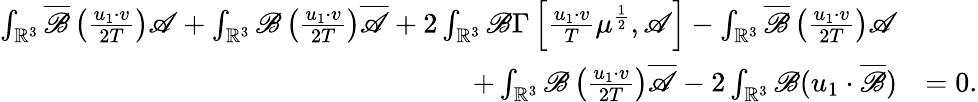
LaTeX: \begin{array}{rl}{\int_{\mathbb{R}^{3}}\overline{\mathscr{B}}\left(\frac{u_{1}\cdot v}{2T}\right)\mathscr{A}+\int_{\mathbb{R}^{3}}\mathscr{B}\left(\frac{u_{1}\cdot v}{2T}\right)\overline{{\mathscr{A}}}+2\int_{\mathbb{R}^{3}}\mathscr{B}\Gamma\left[\frac{u_{1}\cdot v}{T}\mu^{\frac{1}{2}},\mathscr{A}\right]-\int_{\mathbb{R}^{3}}\overline{\mathscr{B}}\left(\frac{u_{1}\cdot v}{2T}\right)\mathscr{A}}\\ {+\int_{\mathbb{R}^{3}}\mathscr{B}\left(\frac{u_{1}\cdot v}{2T}\right)\overline{{\mathscr{A}}}-2\int_{\mathbb{R}^{3}}\mathscr{B}(u_{1}\cdot\overline{\mathscr{B}})}&{=0.}\end{array}